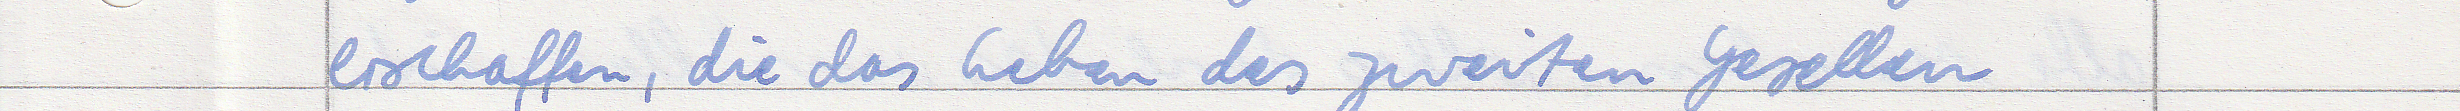
erschaffen, die das Leben des zweiten Gesellen